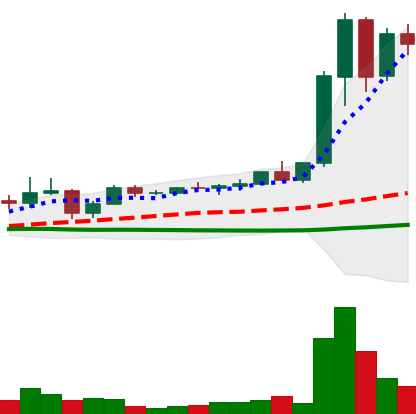
Ticker: XRP-USD
Chart end date: 2021-04-09
Forward return: 80.169%
Label: up_7plus